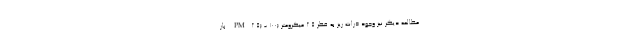
مطالعه دیگر نیز وجود ذرات ریز به قطر ۲.۵ میکرومتر (PM۲.۵) - ۱۰۰ بار